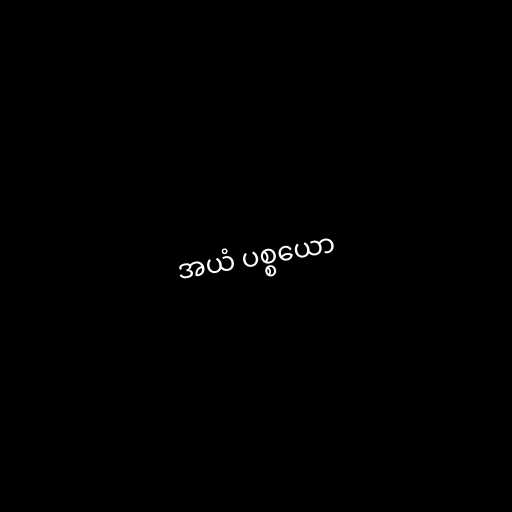
အယံ ပစ္စယော